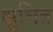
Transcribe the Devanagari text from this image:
क्षुधित